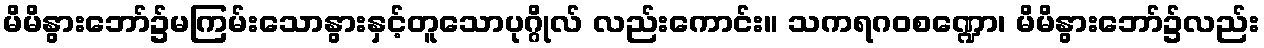
မိမိနွားဘော်၌မကြမ်းသောနွားနှင့်တူသောပုဂ္ဂိုလ် လည်းကောင်း။ သကရဂဝစဏ္ဍော၊ မိမိနွားဘော်၌လည်း